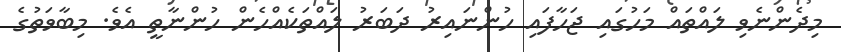
މިދެންނެވި ލައްތައް މަހުގައި ޖަހާފައި ހުންނައިރު ދަބަރު ލައްތަކެއްހެން ހުންނާތީ އެވެ. މިބާވަތުގެ